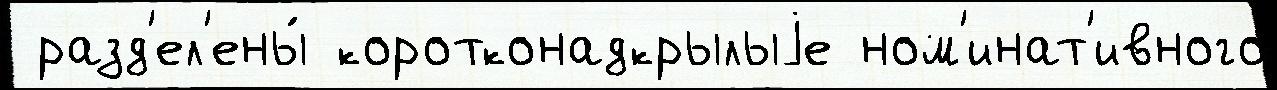
 разд'ел'ены́ коротконадкрылыjе ном'инат'ивного